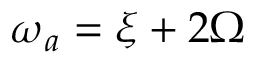
\boldsymbol { \omega } _ { a } = \boldsymbol { \xi } + 2 \boldsymbol { \Omega }